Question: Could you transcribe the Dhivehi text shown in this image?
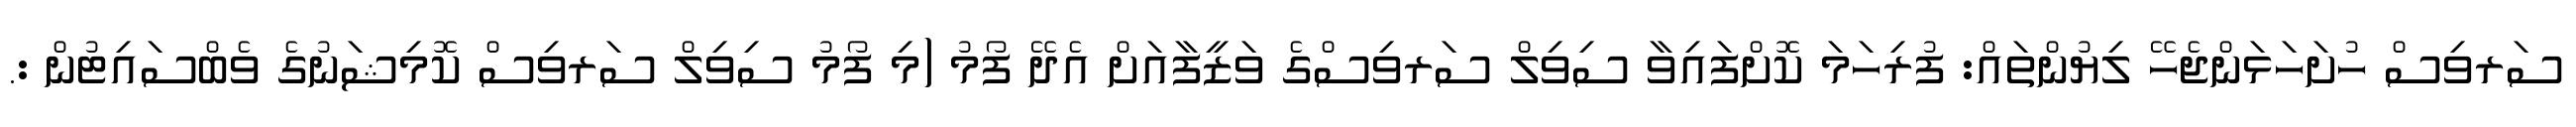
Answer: ސަރވިސް ހުށަހަޅަންޖެހޭ ލިޔުންތައް: ފުރިހަމަ ކޮށްފައިވާ ސިވިލް ސަރވިސްގެ ވަޒީފާއަށް އެދޭ ފޯމު (މި ފޯމު ސިވިލް ސަރވިސް ކޮމިޝަނުގެ ވެބްސައިޓުން :.